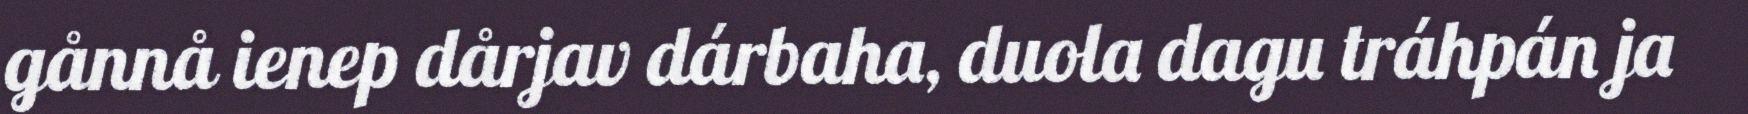
gånnå ienep dårjav dárbaha, duola dagu tráhpán ja